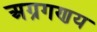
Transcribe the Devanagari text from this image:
अग्रगणय